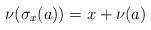
LaTeX: \begin{align*} \nu(\sigma_x(a))=x+\nu(a) \end{align*}